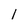
Character: l